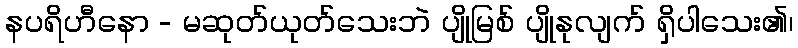
နပရိဟီနော - မဆုတ်ယုတ်သေးဘဲ ပျိုမြစ် ပျိုနုလျက် ရှိပါသေး၏၊